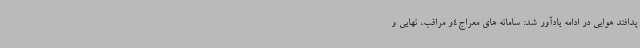
پدافند هوایی در ادامه یادآور شد: سامانه های معراج4و مراقب، نهایی و